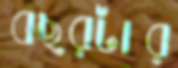
বছরটার